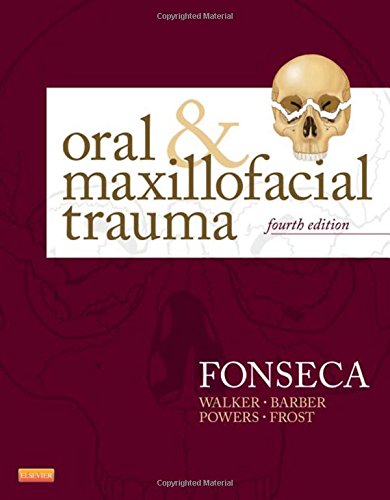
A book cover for Oral and Maxillofacial Trauma, 4e; Raymond J. Fonseca DMD; Medical Books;